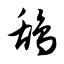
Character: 鸹